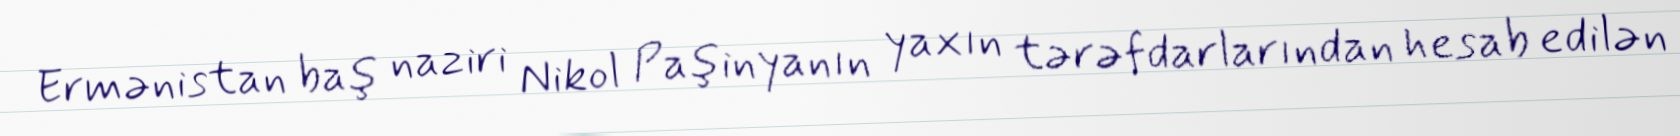
Ermənistan baş naziri Nikol Paşinyanın yaxın tərəfdarlarından hesab edilən